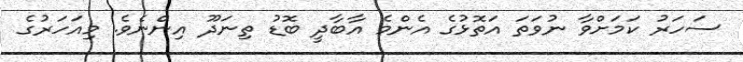
ސަހަރު ކަމަށްވާ ނުވަތަ އަތޮޅުގެ އެންމެ އާބާދީ ބޮޑު ތިނަދޫ އިންނެވެ. މިއަހަރުގެ